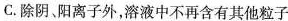
C. 除阴、阳离子外，溶液中不再含有其他粒子